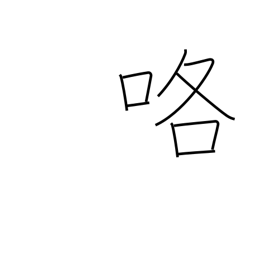
Meaning: quarrel